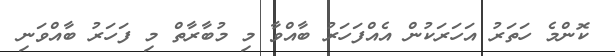
ކޮންމެ ހަތަރު އަހަރަކުން އެއްފަހަރު ބާއްވާ މި މުބާރާތް މި ފަހަރު ބާއްވަނި